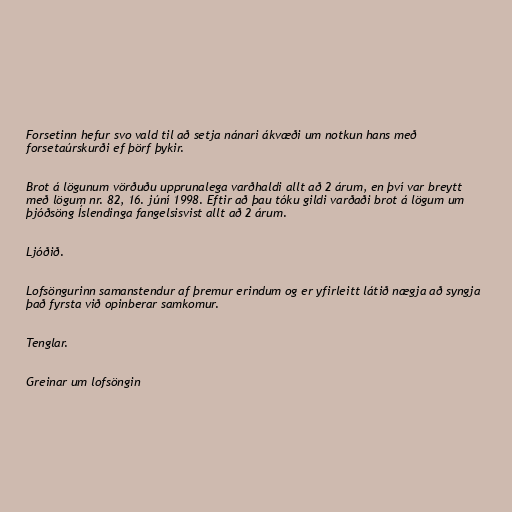
Forsetinn hefur svo vald til að setja nánari ákvæði um notkun hans með
forsetaúrskurði ef þörf þykir.

Brot á lögunum vörðuðu upprunalega varðhaldi allt að 2 árum, en því var breytt
með lögum nr. 82, 16. júní 1998. Eftir að þau tóku gildi varðaði brot á lögum um
þjóðsöng Íslendinga fangelsisvist allt að 2 árum.

Ljóðið.

Lofsöngurinn samanstendur af þremur erindum og er yfirleitt látið nægja að syngja
það fyrsta við opinberar samkomur.

Tenglar.

Greinar um lofsöngin